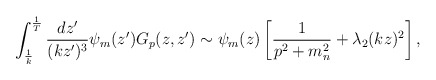
\begin{align*}\int_{1\over k}^{1\over T} {dz'\over (kz')^3}\psi_m(z') G_p(z,z')\sim\psi_m(z)\left[{1\over p^2+ m_n^2} + {\lambda_2} (kz)^2\right],\end{align*}